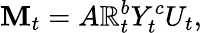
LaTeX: \mathbf{M}_{t}=A\mathbb{R}_{t}^{b}Y_{t}^{c}U_{t},